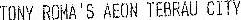
TONY ROMA'S AEON TEBRAU CITY